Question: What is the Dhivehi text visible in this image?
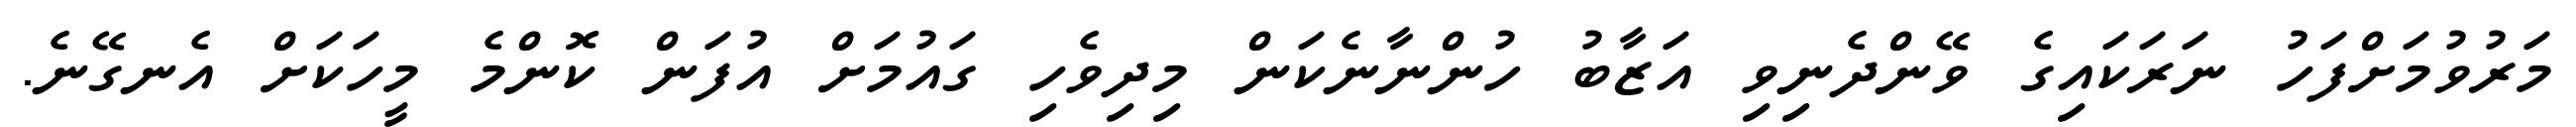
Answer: މަރުވުމަށްފަހު ނަރަކައިގެ ވޭންދެނިވި އަޒާބު ހުންނާނެކަން މިދިވެހި ގައުމަށް އުފަން ކޮންމެ މީހަކަށް އެނގޭނެ.